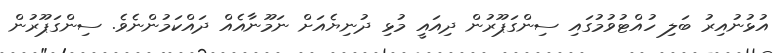
އުޅުނުއިރު ބަލި ހުއްޓުވުމުގައި ސިންގަޕޫރުން ދިއައީ މުޅި ދުނިޔެއަށް ނަމޫނާއެއް ދައްކަމުންނެވެ. ސިންގަޕޫރުން